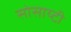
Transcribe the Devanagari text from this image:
सोसाय्टी